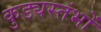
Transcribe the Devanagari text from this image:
कुड्यस्तंभों